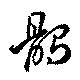
鶻